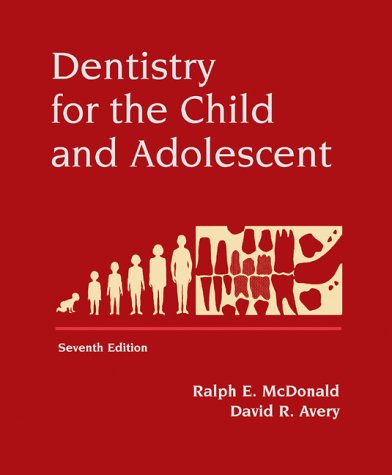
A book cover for Dentistry for the Child and Adolescent, 7e; Jeffrey A. Dean DDS  MSD; Medical Books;